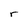
Character: r